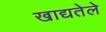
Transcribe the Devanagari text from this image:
खाद्यतेले